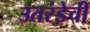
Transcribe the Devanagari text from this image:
उतरंडेची